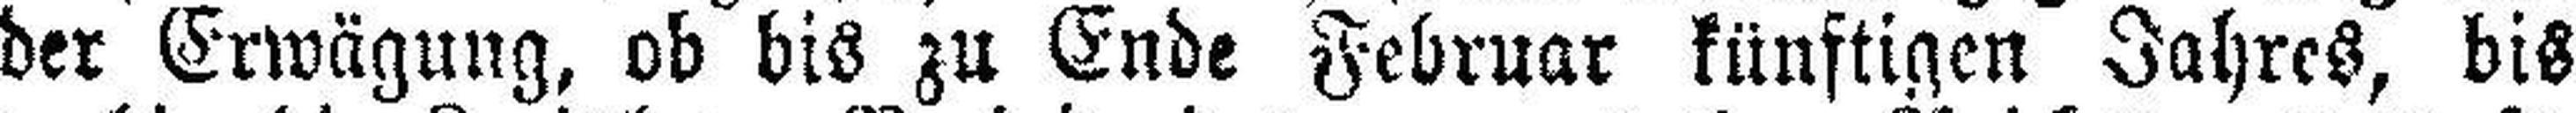
der Erwägung, ob bis zu Ende Februar künftigen Jahres, bis